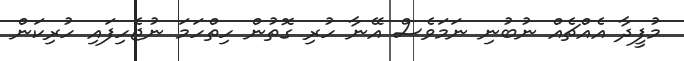
މުފީދާ އެއްޗެއް ނުބުނި ނަމަވެސް އޭނާ ހުރި ގޮތުން ހިތްހަމަ ނުޖެހިފައި ހުރިކަން